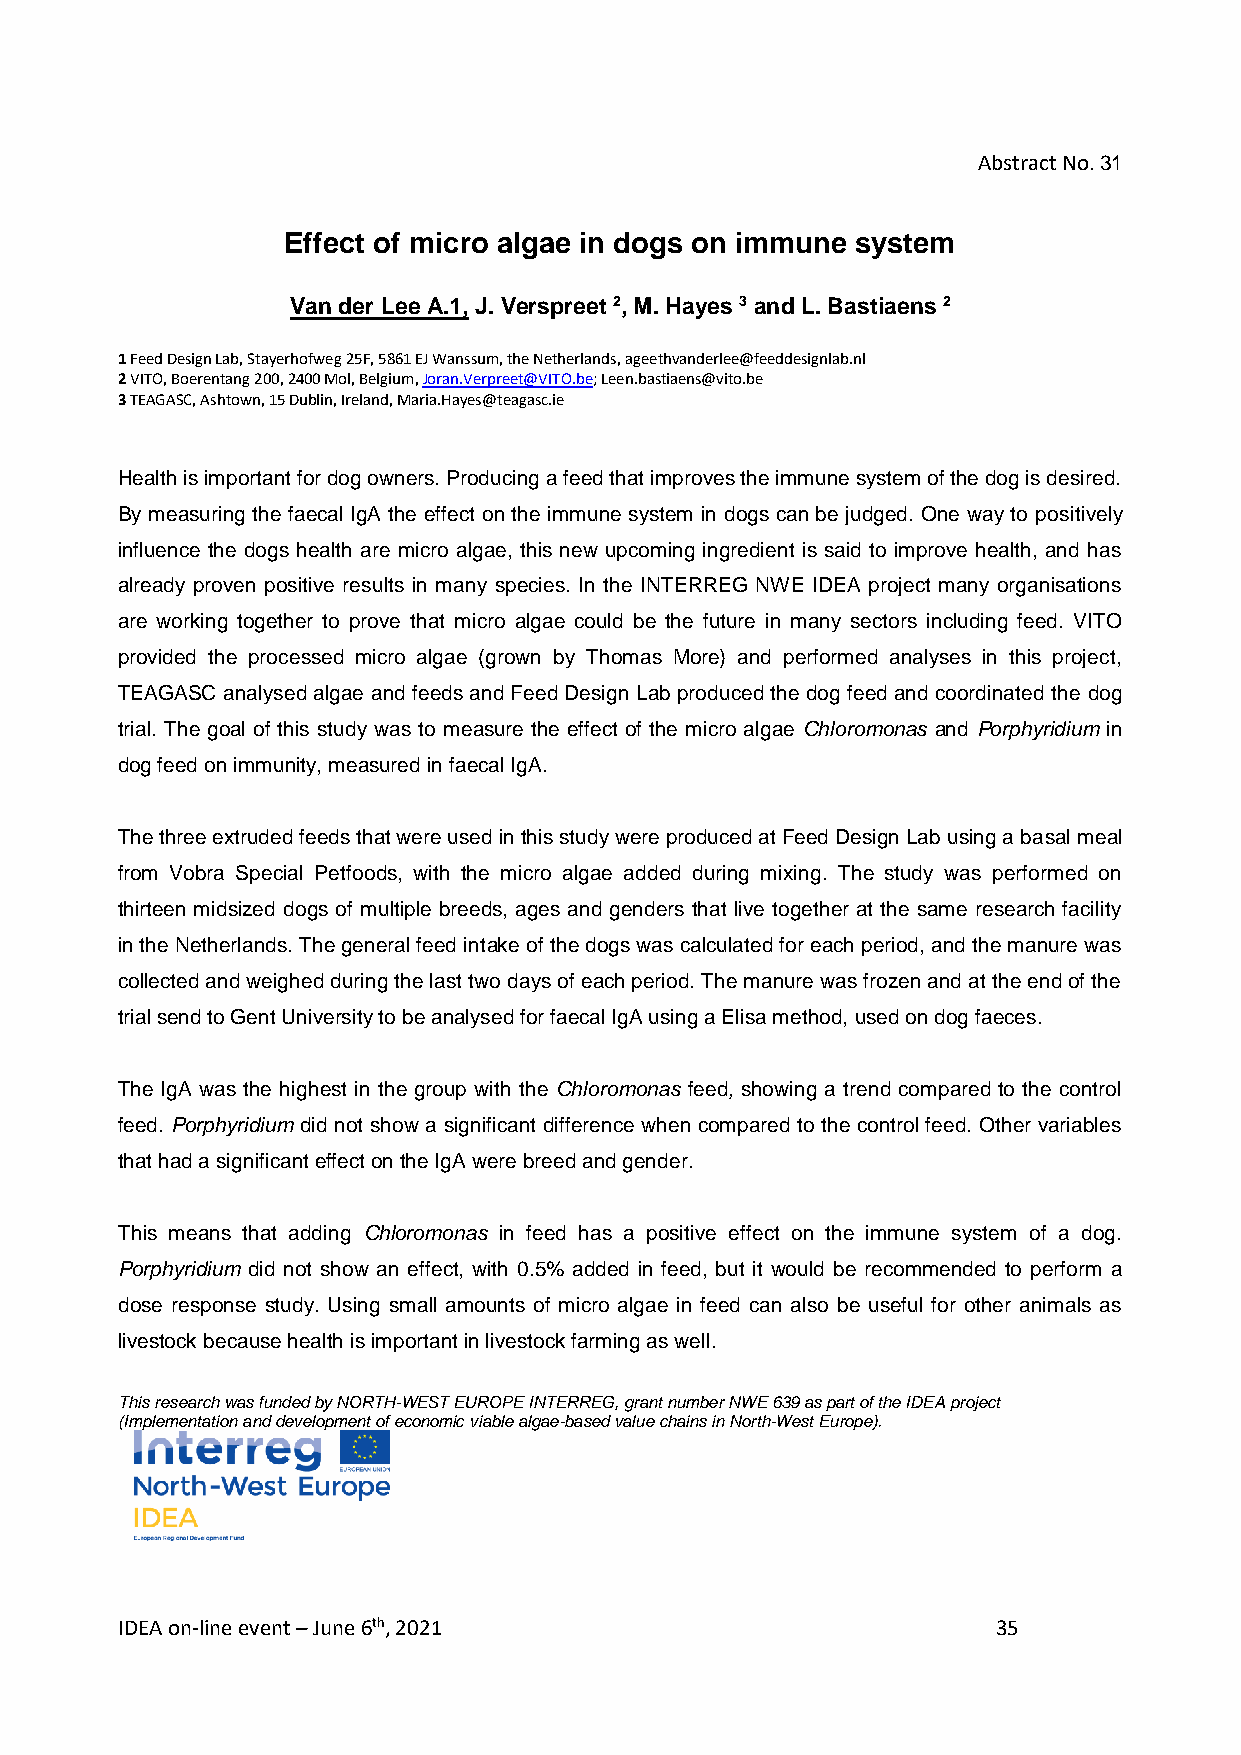
Abstract No. 31
 Effect of micro algae in dogs on immune system
 Van der Lee A.1, J. Verspreet 2, M. Hayes 3 and L. Bastiaens 2
 1 Feed Design Lab, Stayerhofweg 25F, 5861 EJ Wanssum, the Netherlands, ageethvanderlee@feeddesignlab.nl
 2 VITO, Boerentang 200, 2400 Mol, Belgium, Joran.Verpreet@VITO.be; Leen.bastiaens@vito.be
 3 TEAGASC, Ashtown, 15 Dublin, Ireland, Maria.Hayes@teagasc.ie
 Health is important for dog owners. Producing a feed that improves the immune system of the dog is desired.
 By measuring the faecal IgA the effect on the immune system in dogs can be judged. One way to positively
 influence the dogs health are micro algae, this new upcoming ingredient is said to improve health, and has
 already proven positive results in many species. In the INTERREG NWE IDEA project many organisations
 are working together to prove that micro algae could be the future in many sectors including feed. VITO
 provided the processed micro algae (grown by Thomas More) and performed analyses in this project,
 TEAGASC analysed algae and feeds and Feed Design Lab produced the dog feed and coordinated the dog
 trial. The goal of this study was to measure the effect of the micro algae Chloromonas and Porphyridium in
 dog feed on immunity, measured in faecal IgA.
 The three extruded feeds that were used in this study were produced at Feed Design Lab using a basal meal
 from Vobra Special Petfoods, with the micro algae added during mixing. The study was performed on
 thirteen midsized dogs of multiple breeds, ages and genders that live together at the same research facility
 in the Netherlands. The general feed intake of the dogs was calculated for each period, and the manure was
 collected and weighed during the last two days of each period. The manure was frozen and at the end of the
 trial send to Gent University to be analysed for faecal IgA using a Elisa method, used on dog faeces.
 The IgA was the highest in the group with the Chloromonas feed, showing a trend compared to the control
 feed. Porphyridium did not show a significant difference when compared to the control feed. Other variables
 that had a significant effect on the IgA were breed and gender.
 This means that adding Chloromonas in feed has a positive effect on the immune system of a dog.
 Porphyridium did not show an effect, with 0.5% added in feed, but it would be recommended to perform a
 dose response study. Using small amounts of micro algae in feed can also be useful for other animals as
 livestock because health is important in livestock farming as well.
 This research was funded by NORTH-WEST EUROPE INTERREG, grant number NWE 639 as part of the IDEA project
 (Implementation and development of economic viable algae-based value chains in North-West Europe).
 IDEA on-line event – June 6th, 2021                       35